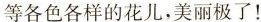
等各色各样的花儿，美丽极了！